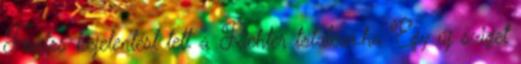
Fontos bejelentést tett a Richter totalcar.hu Egy új sziget